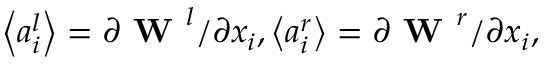
\left\langle a _ { i } ^ { l } \right\rangle = \partial \textbf { W } ^ { l } / \partial x _ { i } , \left\langle a _ { i } ^ { r } \right\rangle = \partial \textbf { W } ^ { r } / \partial x _ { i } ,